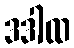
ဒဒါထ